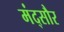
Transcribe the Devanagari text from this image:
मंद्सौर